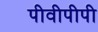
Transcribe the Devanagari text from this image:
पीवीपीपी